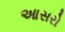
આસરો